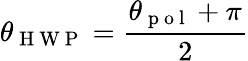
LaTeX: \theta_{\mathrm{~H~W~P~}}=\frac{\theta_{\mathrm{~p~o~l~}}+\pi}{2}